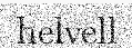
helvell